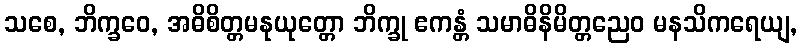
သစေ, ဘိက္ခဝေ, အဓိစိတ္တမနုယုတ္တော ဘိက္ခု ဧကန္တံ သမာဓိနိမိတ္တညေဝ မနသိကရေယျ,